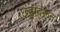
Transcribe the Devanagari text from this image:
छंदांवरून